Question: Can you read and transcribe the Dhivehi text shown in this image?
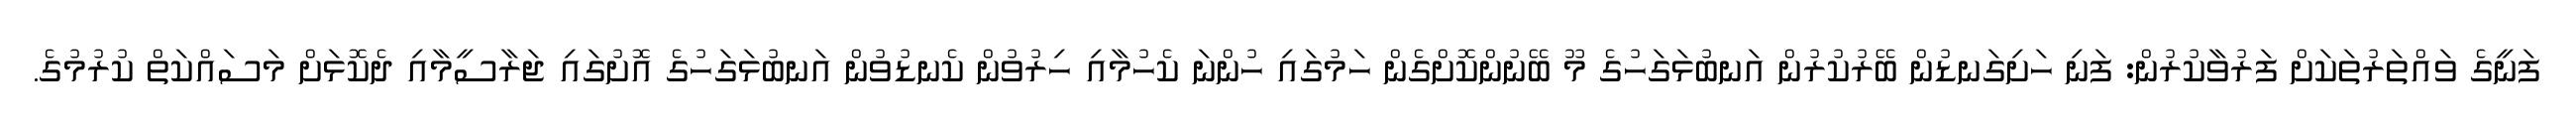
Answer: ފަނީގެ ވައްތަރުތަކަށް ފަރުވާކުރުން: ފަނި ހަށިގަނޑުން ބޭރުކުރުން އަނބުޅަގަހުގެ މޫ ބޭނުންކޮށްގެން ހަމުގައި ހުންނަ ކެހުމާއި ހިރުވުން ކެނޑުވުން އަނބުޅަގަހުގެ އޮށުގައި ޖަރާސީމާއި ދެކޮޅަށް މަސައްކަތް ކުރުމުގެ.